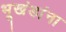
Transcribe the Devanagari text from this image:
भूखंडांना